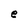
Character: e